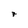
Character: 7